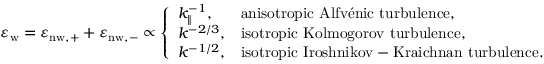
\varepsilon _ { \mathrm { w } } = \varepsilon _ { \mathrm { n { w } , + } } + \varepsilon _ { \mathrm { n { w } , - } } \propto \left\{ \begin{array} { l l } { k _ { \parallel } ^ { - 1 } , } & { \mathrm { a n i s o t r o p i c ~ A l f v \' e n i c ~ t u r b u l e n c e } , } \\ { k ^ { - 2 / 3 } , } & { \mathrm { i s o t r o p i c ~ K o l m o g o r o v ~ t u r b u l e n c e } , } \\ { k ^ { - 1 / 2 } , } & { \mathrm { i s o t r o p i c ~ I r o s h n i k o v - K r a i c h n a n ~ t u r b u l e n c e } . } \end{array} \right.